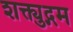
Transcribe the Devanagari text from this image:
शक्त्युद्गम